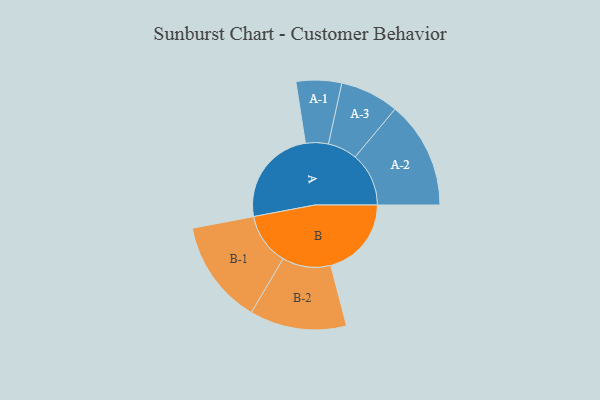
{"axis": {"x": "Segment", "y": "Value"}, "legend": ["", "A", "B"], "data": [{"x": "A", "y": 489, "type": ""}, {"x": "B", "y": 401, "type": ""}, {"x": "A-1", "y": 113, "type": "A"}, {"x": "A-2", "y": 267, "type": "A"}, {"x": "A-3", "y": 146, "type": "A"}, {"x": "B-1", "y": 259, "type": "B"}, {"x": "B-2", "y": 241, "type": "B"}]}